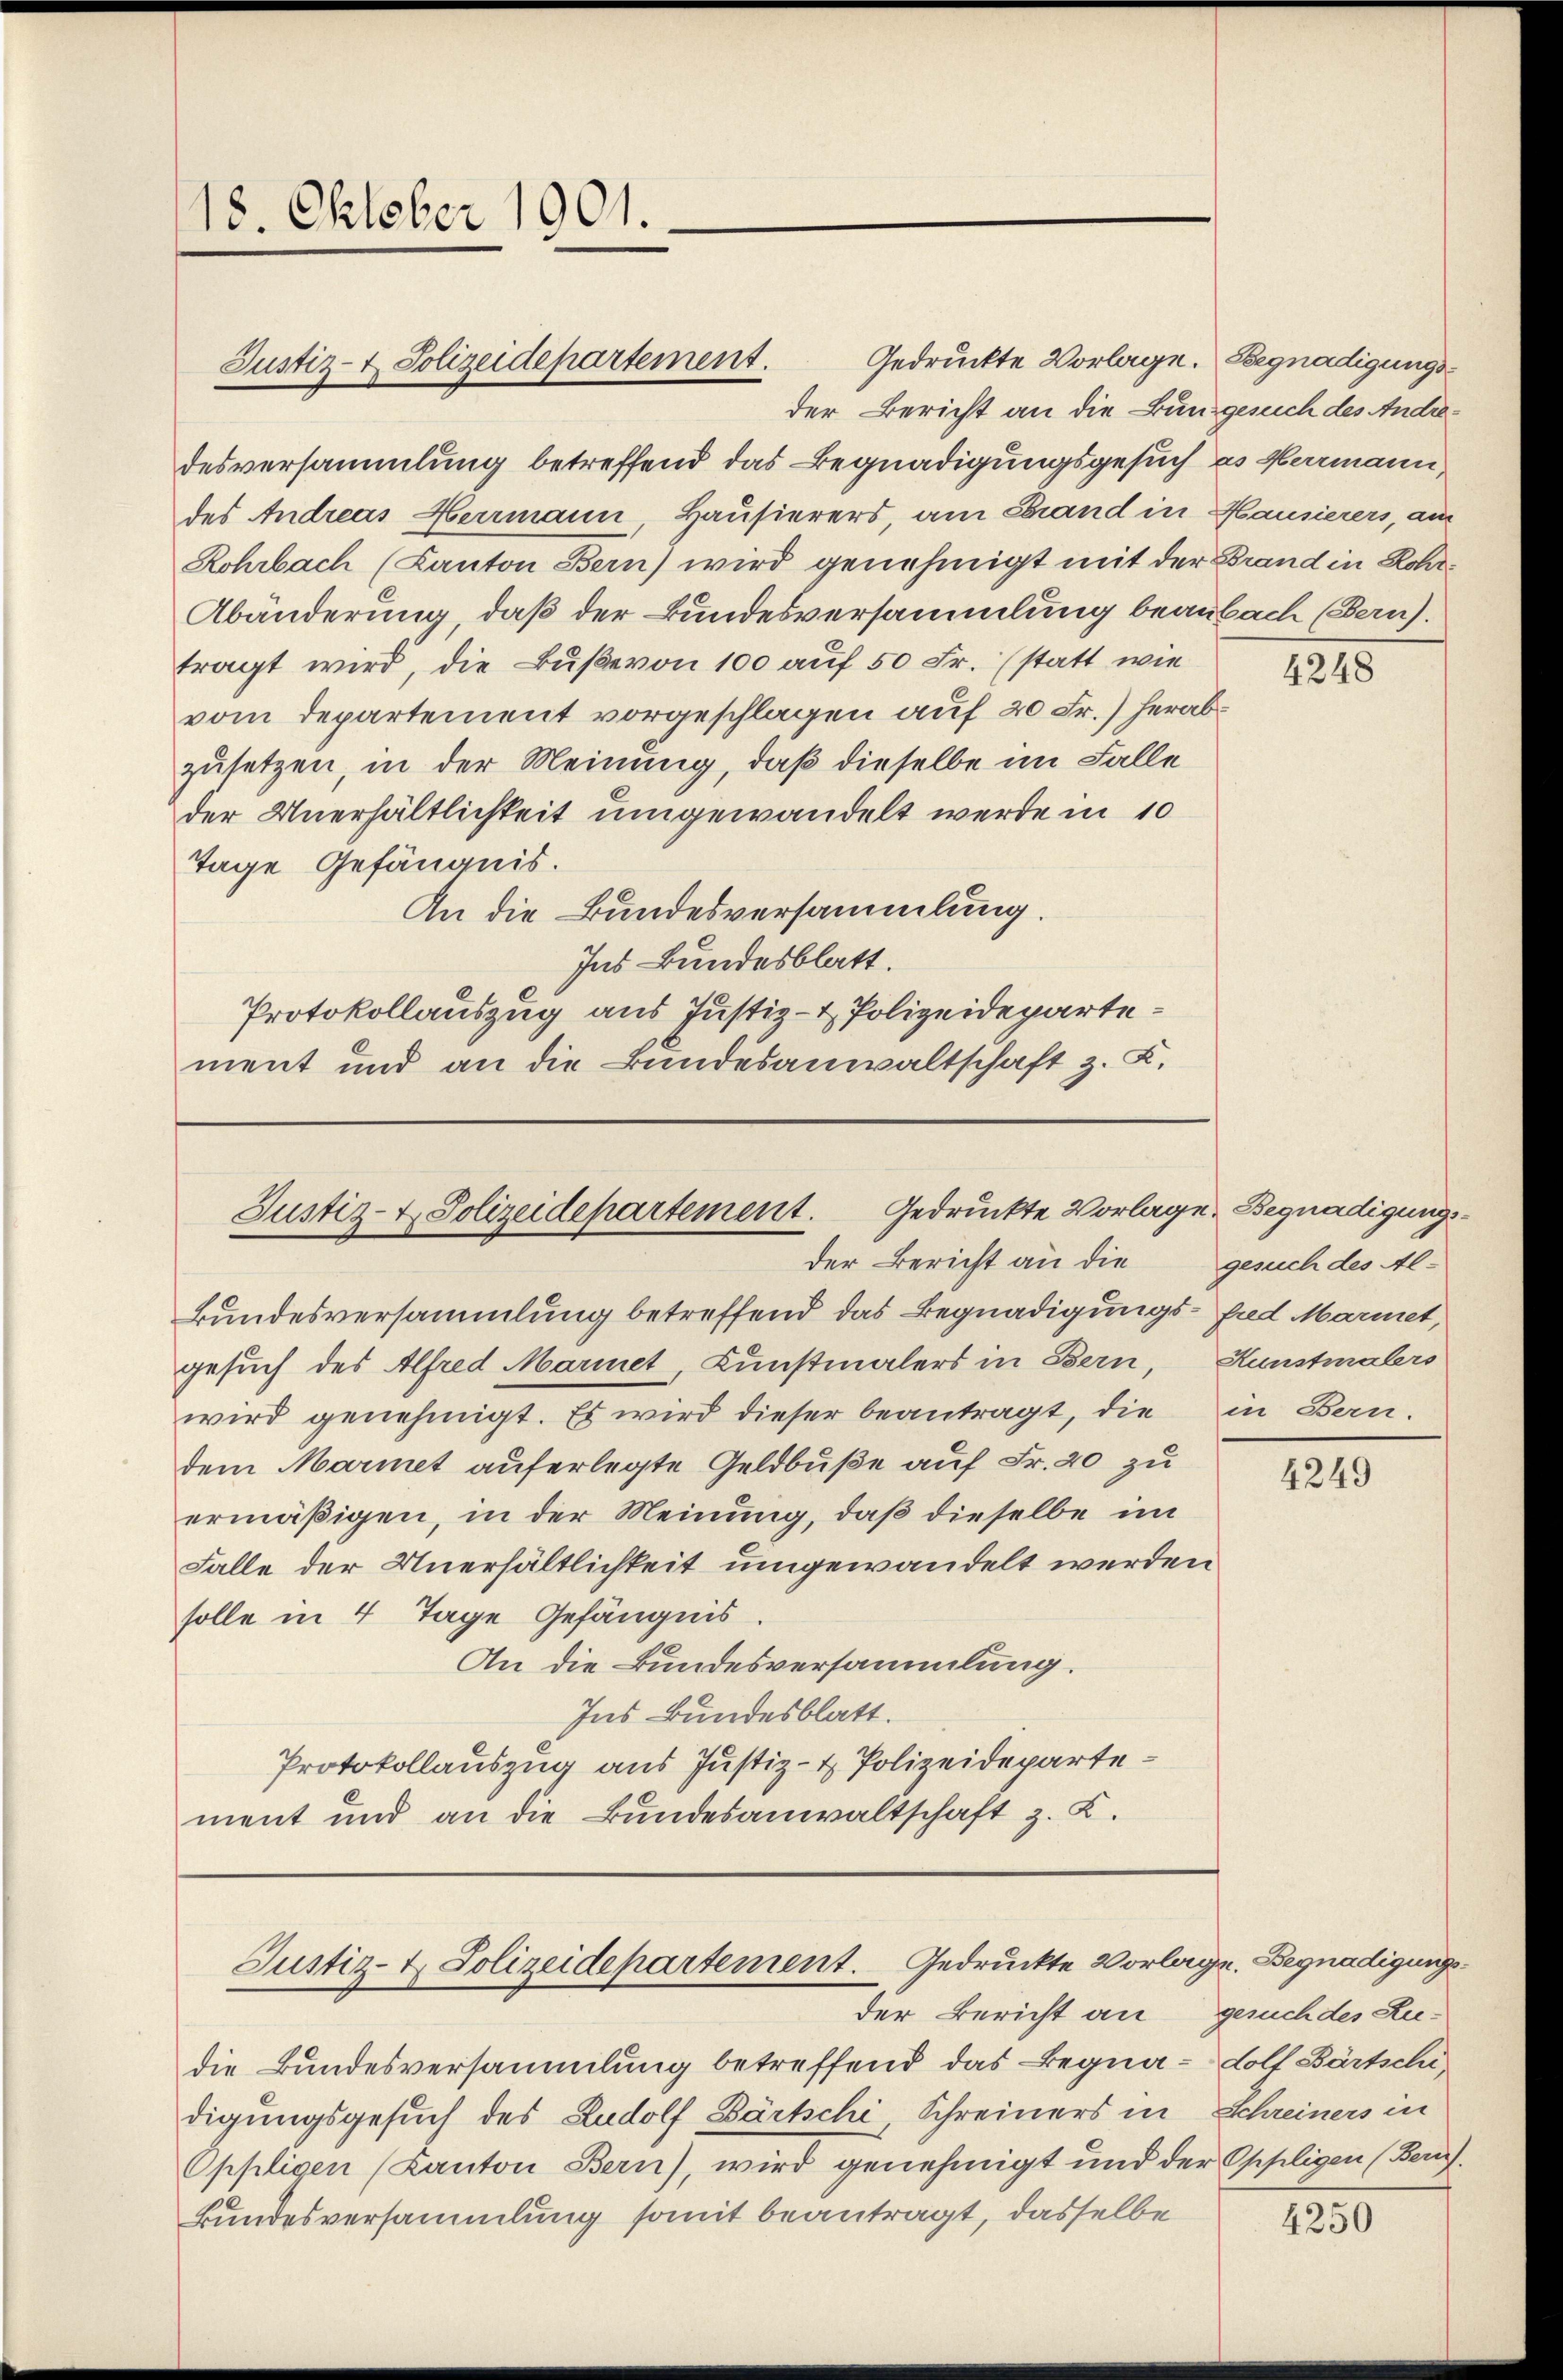
18. Oktober 1901.

der Bericht an die Bundgesuch des Andredesversammlung betreffend das Begnadigungsgesuch des Hermann,
des Andreas Herrmann, Hausierers am Grand in Hausierers, am
Rohrbach (Kanton Bern) wird genehmigt mit der Brand in Rohr
Abänderung, daß der Bundesversammlung beaubach (Bern).
tragt wird, die Buße von 100 auf 50 Fr. (statt wie
vom Departement vorgeschlagen auf 20 Fr.) herabzusetzen, in der Meinung, daß dieselbe im Falle
der Unerhältlichkeit umgewandelt werde in 10
Tage Gefängnis.
An die Bundesversammlung.
Ins Bundesblatt.
Protokollauszug aus Justiz- & Polizeidepartement und an die Bundesanwaltschaft z. Z.

Justiz- & Polizeidepartement.

Justiz- & Polizeidepartement. Gedruckte Vorlage Begnadigungsder Bericht an die

Justiz- & Polizeidepartement. Gedruckte Vorlage. Begnadigungsder Bericht an

Gedruckte Vorlage. Begnadigungs¬

die Bundesversammlung betreffend das Begnadolf Bärtschi,
digungsgesuch des Rudolf Bärtschi Schreiners in
Oppligen (Kanton Bern), wird genehmigt und de
Bundesversammlung somit beantragt, dasselbe

Bundesversammlung betreffend das Begnadigungs- und Mariet,
gesuch des Alfred Mariet, Kunstmalers in Bern, Kunstmalers
wird genehmigt. Es wird dieser beantragt, die in Bern.
dem Marmet auferlegte Geldbuße auf Fr. 20 zu
ermäßigen, in der Meinung, daß dieselbe im
Falle der Unerhältlichkeit umgewandelt werden
solle in 4 Tage Gefängnis.
An die Bundesversammlung.
Ins Bundesblatt.
Protokollauszug aus Justiz- & Polizeidepartement und an die Bundesanwaltschaft z. K.

4248

gesuch des Al¬

4249

gesuch des Lie¬
Schreiners in
er philigen (Bern.

4250